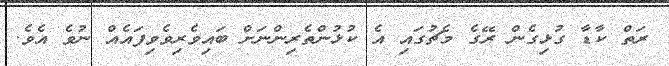
ރަތް ކާޑާ ގުޅިގެން ރޭގެ މެޗުގައި އެ ކުޅުންތެރިންނަށް ބައިވެރިވެވިފައެއް ނުވެ އެވެ.